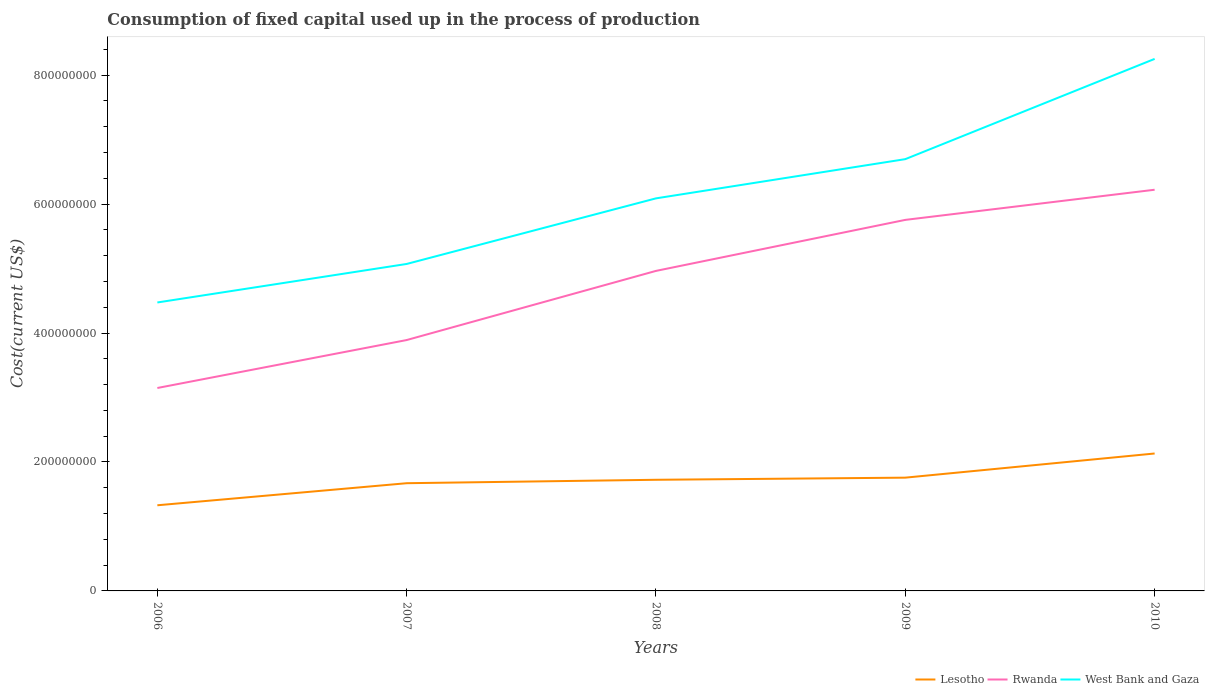
| Years | Lesotho | Rwanda | West Bank and Gaza |
 | --- | --- | --- | --- |
 | 2006 | 1.33e+08 | 3.15e+08 | 4.47e+08 |
 | 2007 | 1.67e+08 | 3.89e+08 | 5.07e+08 |
 | 2008 | 1.72e+08 | 4.96e+08 | 6.09e+08 |
 | 2009 | 1.76e+08 | 5.75e+08 | 6.7e+08 |
 | 2010 | 2.13e+08 | 6.22e+08 | 8.25e+08 |